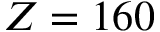
Z = 1 6 0